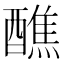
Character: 醮